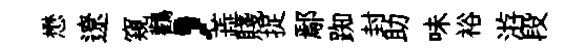
懋遼窺鸛，蕋賤捉鄢踟封助味裕㳺段